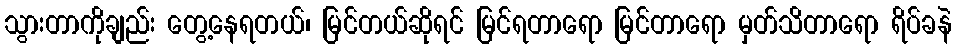
သွားတာကိုချည်း တွေ့နေရတယ်၊ မြင်တယ်ဆိုရင် မြင်ရတာရော မြင်တာရော မှတ်သိတာရော ရိပ်ခနဲ